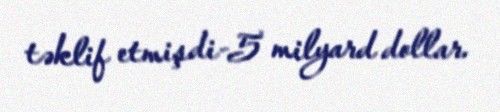
təklif etmişdi-5 milyard dollar.